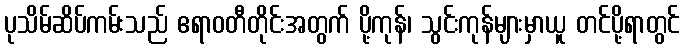
ပုသိမ်ဆိပ်ကမ်းသည် ဧရာဝတီတိုင်းအတွက် ပို့ကုန်၊ သွင်းကုန်များမှာယူ တင်ပို့ရာတွင်